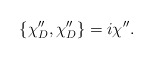
\begin{align*}\{\chi _D^{\prime \prime },\chi _D^{\prime \prime }\}=i\chi ^{\prime \prime} . \end{align*}